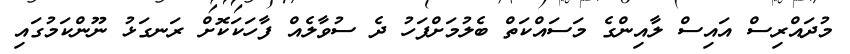
މުދައްރިސް އައިސް ލާއިންގެ މަސައްކަތް ބެލުމަށްފަހު ދެ ސުވާލެއް ފާހަކަކޮށް ރަނގަޅު ނޫންކަމުގައި